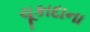
ચૂકાદાના